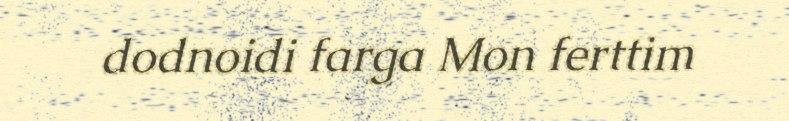
dodnoidi farga Mon ferttim